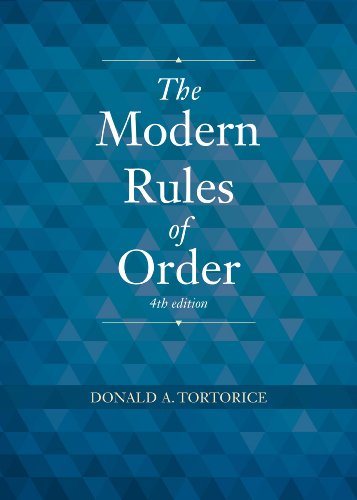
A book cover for The Modern Rules of Order; Donald A. Tortorice; Business & Money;